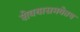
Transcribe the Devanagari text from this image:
शेवयासमवेतच